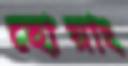
হোয়াং